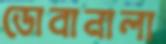
ডোবানালা